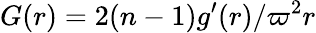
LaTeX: G(r)=2(n-1)g^{\prime}(r)/\varpi^{2}r